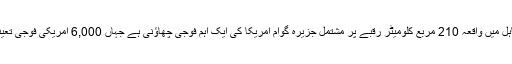
بحر الکاہل میں واقعہ 210 مربع کلومیٹر رقبے پر مشتمل جزیرہ گوام امریکا کی ایک اہم فوجی چھاؤنی ہے جہاں 6,000 امریکی فوجی تعینات ہیں۔